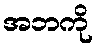
အဘကို